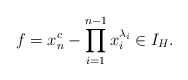
\begin{align*}f=x_{n}^c- \prod_{i=1}^{n-1}x_i^{\lambda_i} \in I_H.\end{align*}